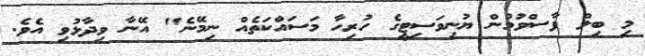
މި ބިލް ފާސްވުމުން ޔުނިވަސިޓީގެ ހުރިހާ މަސައްކަތެއް ނިމޭނެ" އޭނާ ވިދާޅުވި އެވެ.